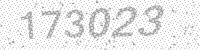
Solution: 173023